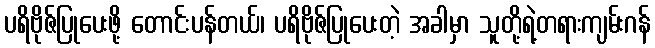
ပရိဗိုဇ်ပြုပေးဖို့ တောင်းပန်တယ်၊ ပရိဗိုဇ်ပြုပေးတဲ့ အခါမှာ သူတို့ရဲ့တရားကျမ်းဂန်